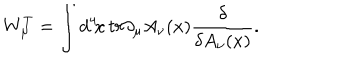
LaTeX: W _ { \mu } ^ { T } = \int d ^ { 4 } \! x \, t r \partial _ { \mu } A _ { \nu } ( x ) { \frac { \delta } { \delta A _ { \nu } ( x ) } } .